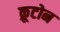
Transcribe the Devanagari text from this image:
क्रूटोन